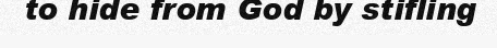
to hide from God by stifling